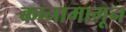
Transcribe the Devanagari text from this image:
कानामागून